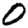
Digit: 0